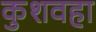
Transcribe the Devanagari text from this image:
कुशवहा